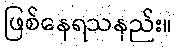
ဖြစ်နေရသနည်း။